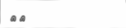
١٩